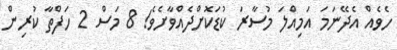
ހެވެއް އެދޭނަމަ އަމިއްލަ މުސާރަ ކުޑަކޮށްދެއްވާށެވެ! 8 މަސް 2 ހަފްތާ ކުރިން